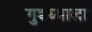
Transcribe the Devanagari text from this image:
गुडघ्याला